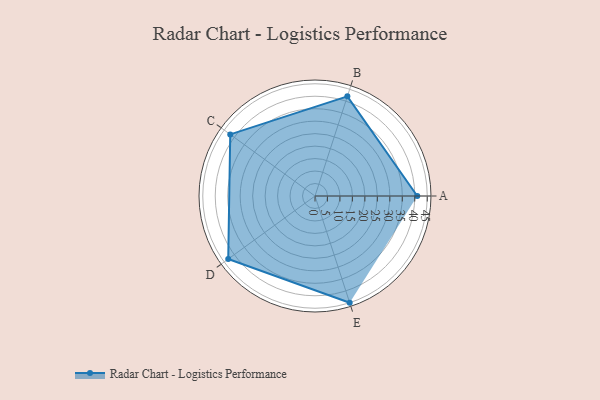
{"axis": {"x": "Skill", "y": "Score"}, "legend": ["Profile"], "data": [{"x": "A", "y": 41.0, "type": "Profile"}, {"x": "B", "y": 42.0, "type": "Profile"}, {"x": "C", "y": 42.0, "type": "Profile"}, {"x": "D", "y": 43.0, "type": "Profile"}, {"x": "E", "y": 45.0, "type": "Profile"}]}